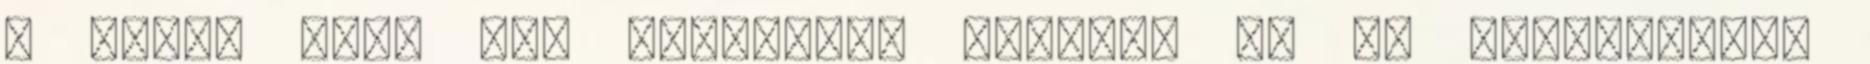
a többi hajó még fordulást végzett és ez akadályozta